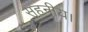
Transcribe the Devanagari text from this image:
सहनीय।